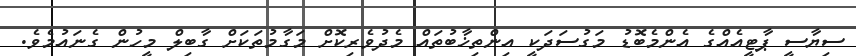
ސިޔާސީ ޕާޓީއެއްގެ އެންމެބޮޑު މަގުސަދަކީ އިންތިޚާބުތައް މެދުވެރިކޮށް މަގާމުތަކަށް ގާބިލް މީހުން ގެނައުމެވެ.